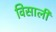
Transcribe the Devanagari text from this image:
विसाली